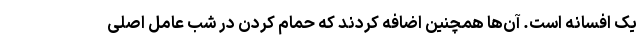
یک افسانه است. آن‌ها همچنین اضافه کردند که حمام کردن در شب عامل اصلی